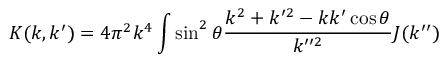
K ( k , k ^ { \prime } ) = 4 \pi ^ { 2 } k ^ { 4 } \int \sin ^ { 2 } \theta \frac { k ^ { 2 } + k ^ { \prime 2 } - k k ^ { \prime } \cos \theta } { k ^ { \prime \prime 2 } } J ( k ^ { \prime \prime } )